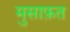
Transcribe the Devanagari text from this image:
मुसाफ़त